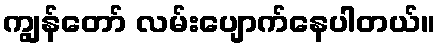
ကျွန်တော် လမ်းပျောက်နေပါတယ်။